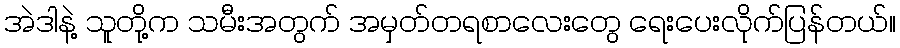
အဲဒါနဲ့ သူတို့က သမီးအတွက် အမှတ်တရစာလေးတွေ ရေးပေးလိုက်ပြန်တယ်။